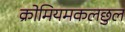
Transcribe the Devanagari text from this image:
क्रोमियमकलछुल